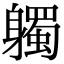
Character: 𨊒